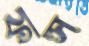
ফল্স